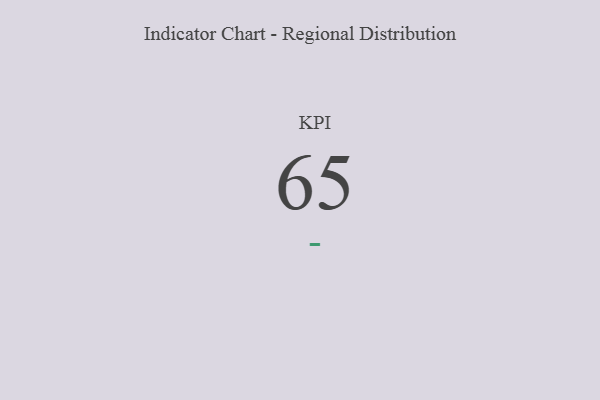
{"axis": {"x": "KPI", "y": "Value"}, "legend": [""], "data": [{"x": "KPI", "y": 65, "type": ""}]}